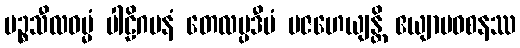
ပဉ္စသီလဓမ္မံ ပါဠိဂမနံ တေလပ္ပဒီပံ ပဇဟေယျန္တိ ဧယျာမဝစနဿ